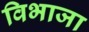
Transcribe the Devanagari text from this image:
विभाजा